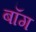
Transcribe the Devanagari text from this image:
बॉग